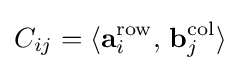
C_{ij}=\langle {\mathbf {a} _{i}^{\text{row}},\,\mathbf {b} _{j}^{\text{col}}}\rangle